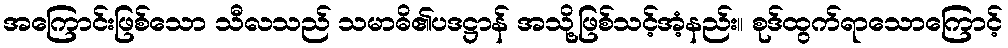
အကြောင်းဖြစ်သော သီလသည် သမာဓိ၏ပဒဋ္ဌာန် အသို့ဖြစ်သင့်အံ့နည်း။ စုဒ်ထွက်ရာသောကြောင့်